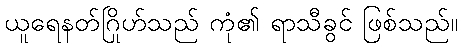
ယူရေနတ်ဂြိုဟ်သည် ကုံ၏ ရာသီခွင် ဖြစ်သည်။